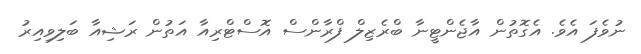
ނުވެފަ އެވެ. އެގޮތުން އާޖެންޓީނާ ބްރެޒިލް ފްރާންސް އޮސްޓްރިއާ އަތުން ރަޝިއާ ބަލިވިއިރު